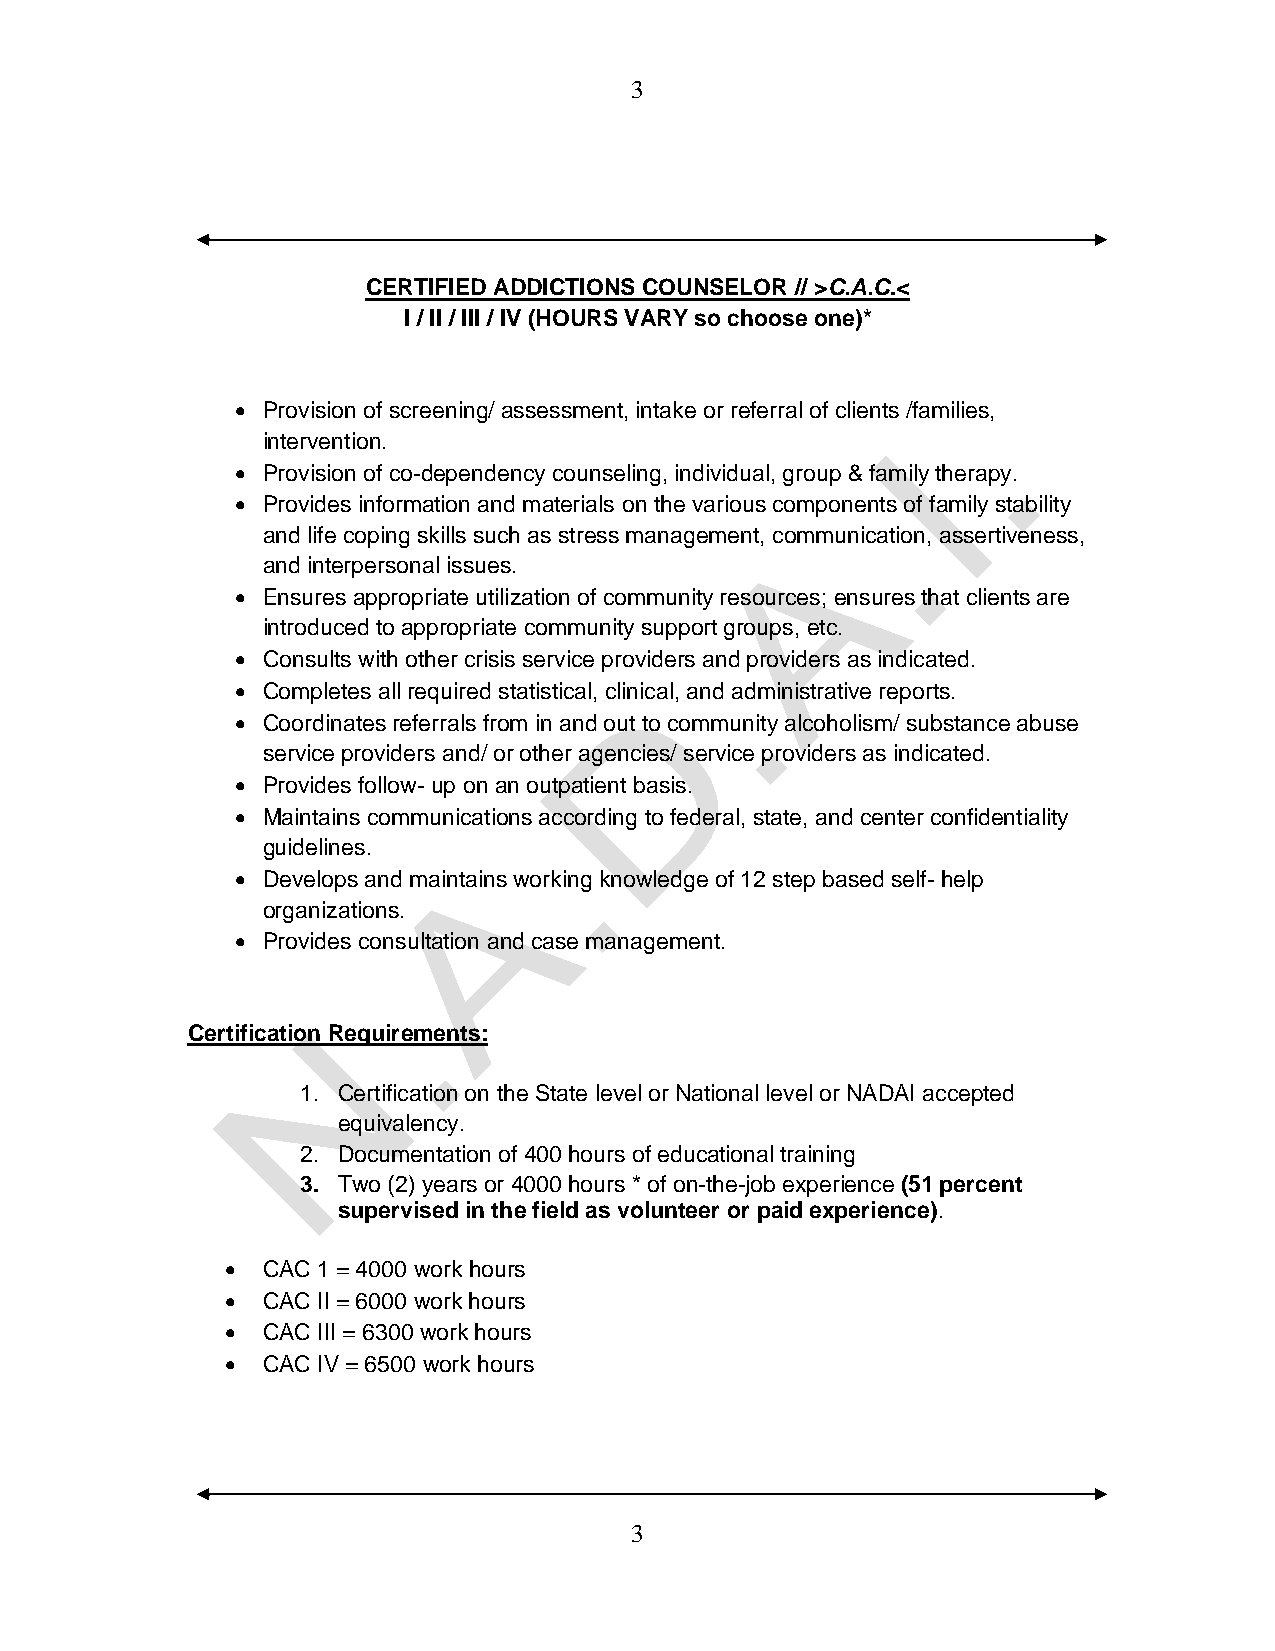
3
 CERTIFIED ADDICTIONS COUNSELOR // >C.A.C.<
 I / II / III / IV (HOURS VARY so choose one)*
 • Provision of screening/ assessment, intake or referral of clients /families,
 intervention.
 • Provision of co-dependency counseling, individual, group & family therapy.
 • Provides information and materials on the various components of family stability
 and life coping skills such as stress management, communication, assertiveness,
 and interpersonal issues.
 • Ensures appropriate utilization of community resources; ensures that clients are
 introduced to appropriate community support groups, etc.
 • Consults with other crisis service providers and providers as indicated.
 • Completes all required statistical, clinical, and administrative reports.
 • Coordinates referrals from in and out to community alcoholism/ substance abuse
 service providers and/ or other agencies/ service providers as indicated.
 • Provides follow- up on an outpatient basis.
 • Maintains communications according to federal, state, and center confidentiality
 guidelines.
 • Develops and maintains working knowledge of 12 step based self- help
 organizations.
 • Provides consultation and case management.
 Certification Requirements:
 1. Certification on the State level or National level or NADAI accepted
 equivalency.
 2. Documentation of 400 hours of educational training
 3. Two (2) years or 4000 hours * of on-the-job experience (51 percent
 supervised in the field as volunteer or paid experience).
 • CAC 1 = 4000 work hours
 • CAC II = 6000 work hours
 • CAC III = 6300 work hours
 • CAC IV = 6500 work hours
 3